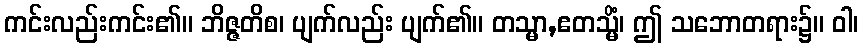
ကင်းလည်းကင်း၏။ ဘိဇ္ဇတိစ၊ ပျက်လည်း ပျက်၏။ တသ္မာ,ဧတသ္မိံ၊ ဤ သဘောတရား၌။ ဝါ၊